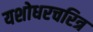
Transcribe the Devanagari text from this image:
यशोधरचरित्र